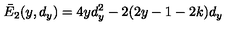
\bar { E } _ { 2 } ( y , d _ { y } ) = 4 y d _ { y } ^ { 2 } - 2 ( 2 y - 1 - 2 k ) d _ { y }